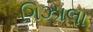
ગિઝાલા